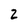
Character: 2